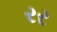
રર